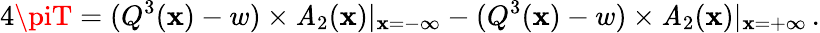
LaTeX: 4\piT=(Q^{3}(\mathbf{x})-w)\times\mathit{A}_{2}(\mathbf{x})|_{\mathbf{x}=-\infty}-(Q^{3}(\mathbf{x})-w)\times\mathit{A}_{2}(\mathbf{x})|_{\mathbf{x}=+\infty}\, .